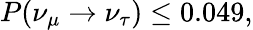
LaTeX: P(\nu_{\mu}\rightarrow\nu_{\tau})\leq 0.049,